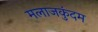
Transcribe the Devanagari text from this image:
मलाजकुंदम